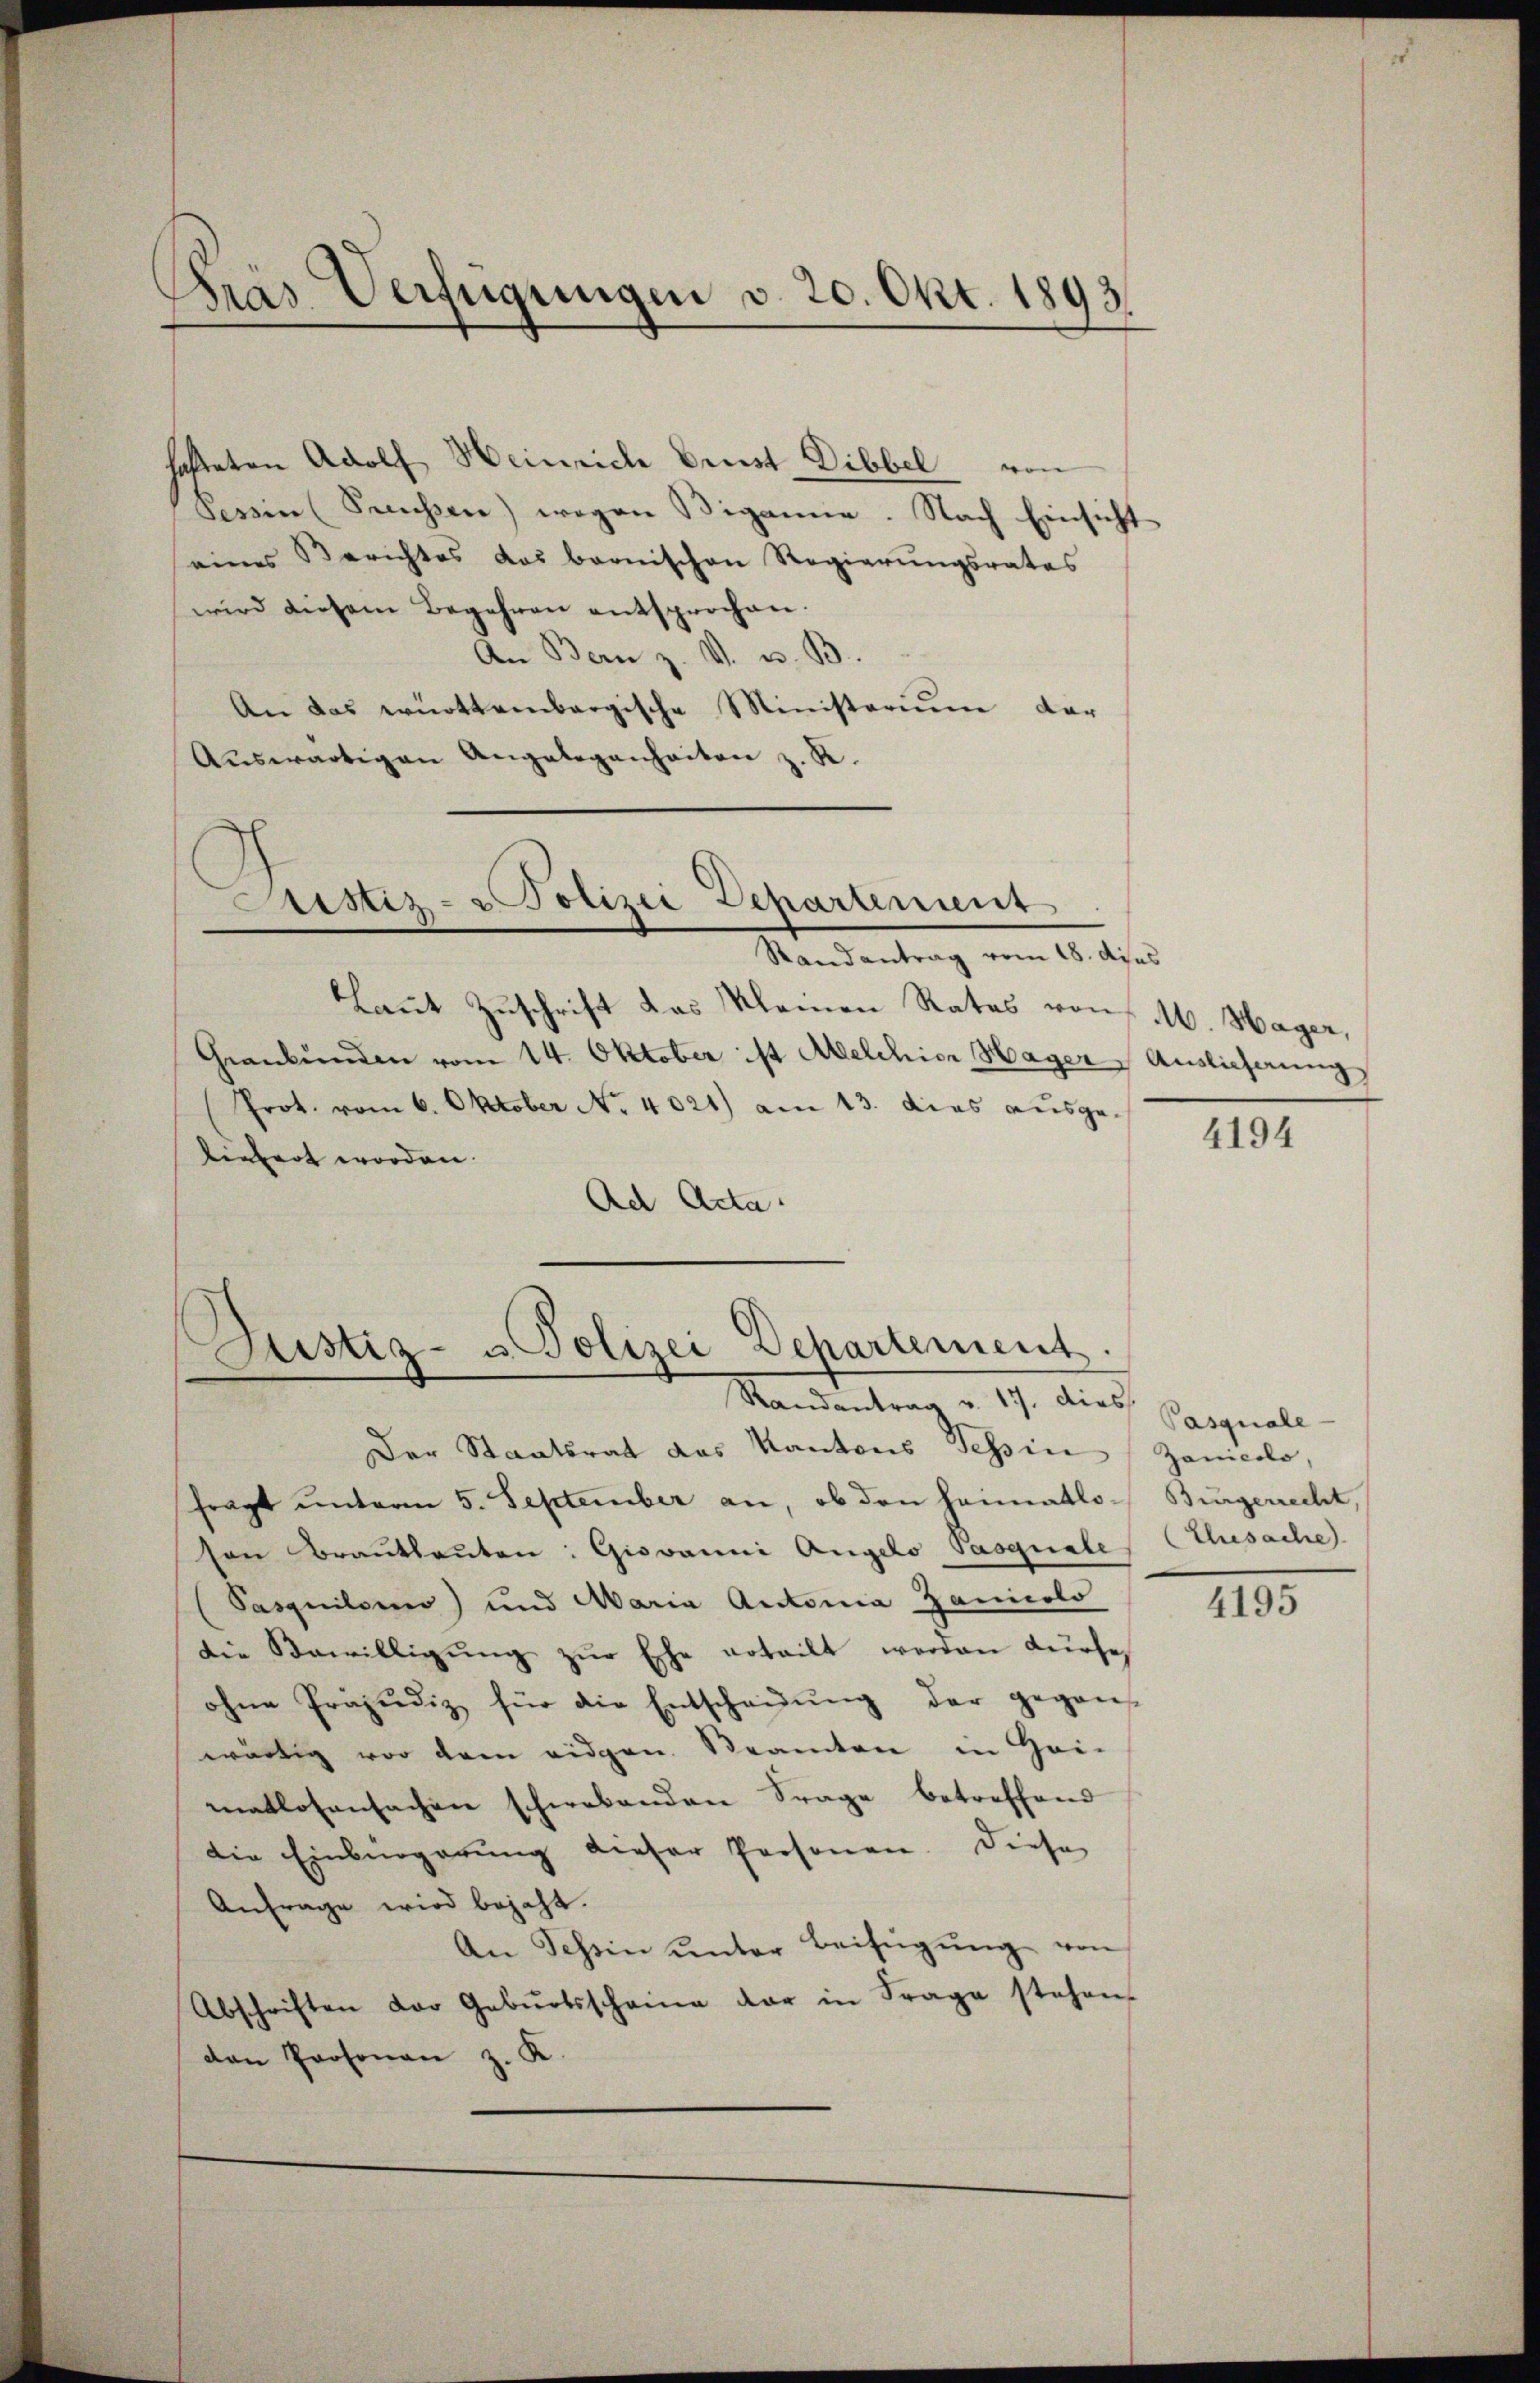
Kras Verfügungen v. 20. Okt. 1893.

hafteten Adolf Heinrich Brust Dibbel von
Tessin (Preussen) wegen Wiganne. Nach Einsicht
eines Berichtes das bernischen Regierŭngsrates
wird diesem Begehren entsprochen.
An Bern z. V. u. B.
An das württembergische Ministerium dar
Aŭswärtigen Angelegenheiten z. R.
Aristiz- & Polizei Departement

Randantrag vom 18. dies

Laut Zuschrift das Kleinen Rates von M. Hager,
Graubünden vom 14. Oktober ist Abelchior Hager Auslieferung
Prot. vom 6. Oktober No. 4021) am 13. dies ausge-
beibert worden.
Ad Acta.

Zustiz- u. Polizei Departement.
Randantrag v. 17. dies

Der Staatsrat das Kantons Tessin (Zanicclo,
fragt unterm 5. September an, ob den Heimatlo- Burgerrecht,
ton Brautleuten: Giovanni Angelo Paoguale (Thesache
Pasquilome) und Maria Autonia Zanicolo
die Bewilligŭng zŭr Esche erteilt werden dürfe,
ohne Präjudiz für die Entscheidŭng der gegen-
wärtig vor dem eidgen. Beamten in Hei-
matlosensachen schwebenden Frage betreffend
die Einbürgerung dieser Personen. Diese
Anfrage wird bejaht.
An Tessin ŭnter Beifügŭng von
Abschriften der Gebŭrtsscheine dar in Frage stehen
den Personen z. K.

4194

Pasquale

4195